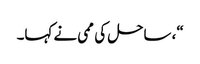
“، ساحل کی ممی نے کہا۔